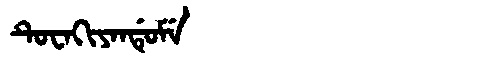
Manchu: ᡨᡠᠸᠠᡴᡳᠶᠠᠨᡩᡠᠮᡝ
Romanization: TUWAKIYANDUME